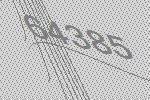
64385